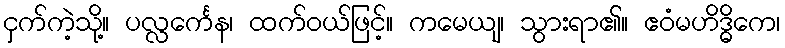
ငှက်ကဲ့သို့။ ပလ္လင်္ကေန၊ ထက်ဝယ်ဖြင့်။ ကမေယျ၊ သွားရာ၏။ ဧဝံမဟိဒ္ဓိကေ၊